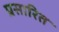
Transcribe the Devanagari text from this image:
प्रसारित